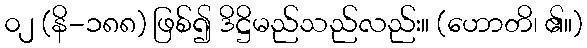
၀၂ (နိ-၁၈၈) ဖြစ်၍ ဒိဋ္ဌိမည်သည်လည်း။ (ဟောတိ၊ ၏။)